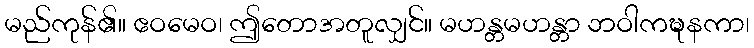
မည်ကုန်၏။ ဧဝမေဝ၊ ဤတောအတူလျှင်။ မဟန္တမဟန္တာ ဘဝါကဍ္ဎနကာ၊